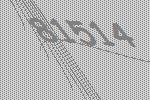
81514